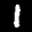
Label: 1